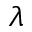
\lambda